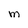
Character: M